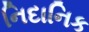
નિદાનિક